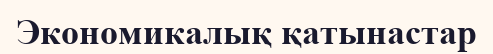
Экономикалық қатынастар